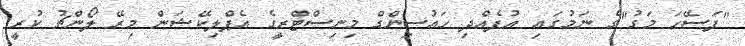
"ފަސޭހަ މަގު"ގެ ނަމުގައި އުފެއްދި ހައުސިންގް މިނިސްޓްރީގެ އެޕްލިކޭޝަން މިރޭ ލޯންޗު ކުރީ